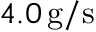
4 . 0 \, \mathrm { g / s }